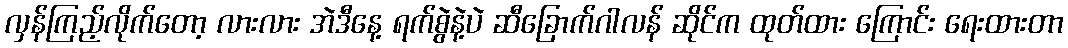
လှန်ကြည့်လိုက်တော့ လားလား အဲဒီနေ့ ရက်စွဲနဲ့ပဲ ဆီခြောက်ဂါလန် ဆိုင်က ထုတ်ထား ကြောင်း ရေးထားတာ